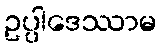
ဥပ္ပါဒေဿာမ